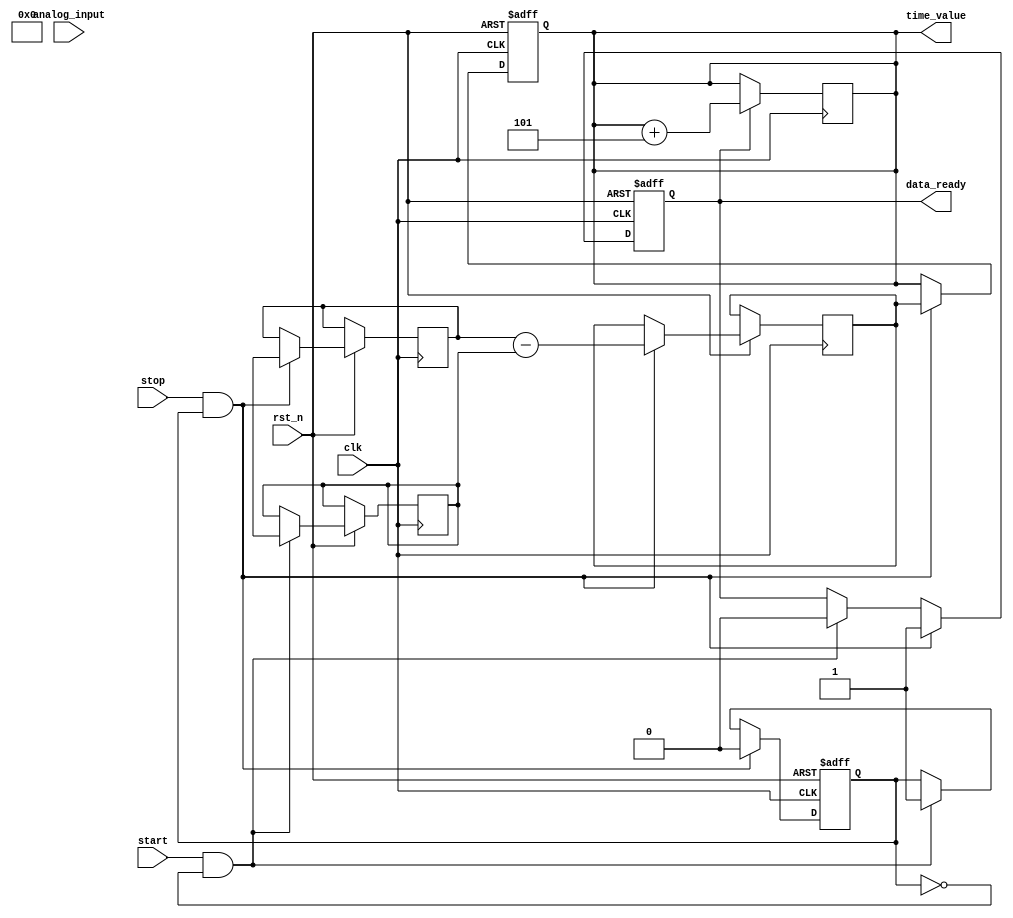
module TDC (
    input wire clk,                // Clock signal
    input wire rst_n,              // Active low reset
    input wire start,              // Start signal for measurement
    input wire stop,               // Stop signal for measurement
    input wire [11:0] analog_input, // Input signal (assumed to be a 12-bit ADC output)
    output reg [23:0] time_value,  // 24-bit output for time interval measurement
    output reg data_ready          // Signal to indicate data is ready
);

    // Internal signals
    reg [23:0] start_time;         // Start time captured
    reg [23:0] stop_time;          // Stop time captured
    reg measuring;                 // Flag to indicate if measuring is active
    reg [11:0] adc_data;           // Data from ADC
    reg [23:0] measurement;        // Final measurement value

    // Time Measurement Unit (TMU)
    always @(posedge clk or negedge rst_n) begin
        if (!rst_n) begin
            measuring <= 0;
            data_ready <= 0;
            time_value <= 0;
        end else begin
            if (start && !measuring) begin
                measuring <= 1;
                start_time <= $time; // Capture start time
                data_ready <= 0;
            end
            if (stop && measuring) begin
                stop_time <= $time; // Capture stop time
                measurement <= stop_time - start_time; // Calculate time interval
                measuring <= 0;
                time_value <= measurement; // Store measurement
                data_ready <= 1; // Indicate data is ready
            end
        end
    end

    // Analog-to-Digital Conversion (ADC) simulation (for illustration)
    always @(posedge clk) begin
        if (measuring) begin
            adc_data <= analog_input; // Simulate ADC sampling
        end
    end

    // Digital Processing Unit (DPU) - Simple calibration logic (example)
    always @(posedge clk) begin
        if (data_ready) begin
            // Simple calibration example (e.g., offset correction)
            time_value <= time_value + 5; // Apply a simple offset correction
        end
    end

endmodule